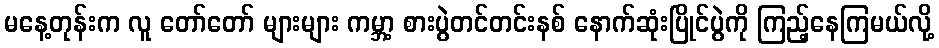
မနေ့တုန်းက လူ တော်တော် များများ ကမ္ဘာ့ စားပွဲတင်တင်းနစ် နောက်ဆုံးပြိုင်ပွဲကို ကြည့်နေကြမယ်လို့